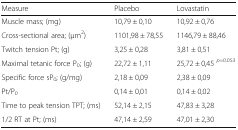
| Measure | Placebo | Lovastatin |
 | --- | --- | --- |
 | Muscle mass; (mg) | 10,79 ± 0,10 | 10,92 ± 0,76 |
 | Cross-sectional area; (μm2) | 1101,98 ± 78,55 | 1146,79 ± 88,46 |
 | Twitch tension Pt; (g) | 3,25 ± 0,28 | 3,81 ± 0,51 |
 | Maximal tetanic force P0; (g) | 22,72 ± 1,11 | 25,72 ± 0,45 p=0.053 |
 | Specific force sP0; (g/mg) | 2,18 ± 0,09 | 2,38 ± 0,09 |
 | Pt/P0 | 0,14 ± 0,01 | 0,14 ± 0,02 |
 | Time to peak tension TPT; (ms) | 52,14 ± 2,15 | 47,83 ± 3,28 |
 | 1/2 RT at Pt; (ms) | 47,14 ± 2,59 | 47,01 ± 2,30 |